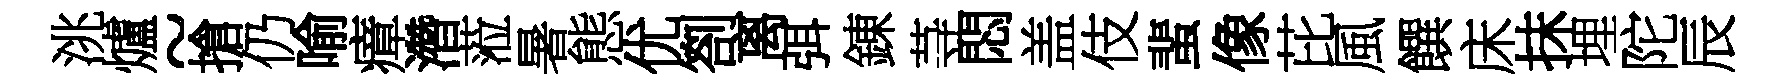
洮爐~搶仍喻瘴濳蒞暑態优劄离弭錬䒭悶盖伎蜚像芘風饌床抹埋陀辰